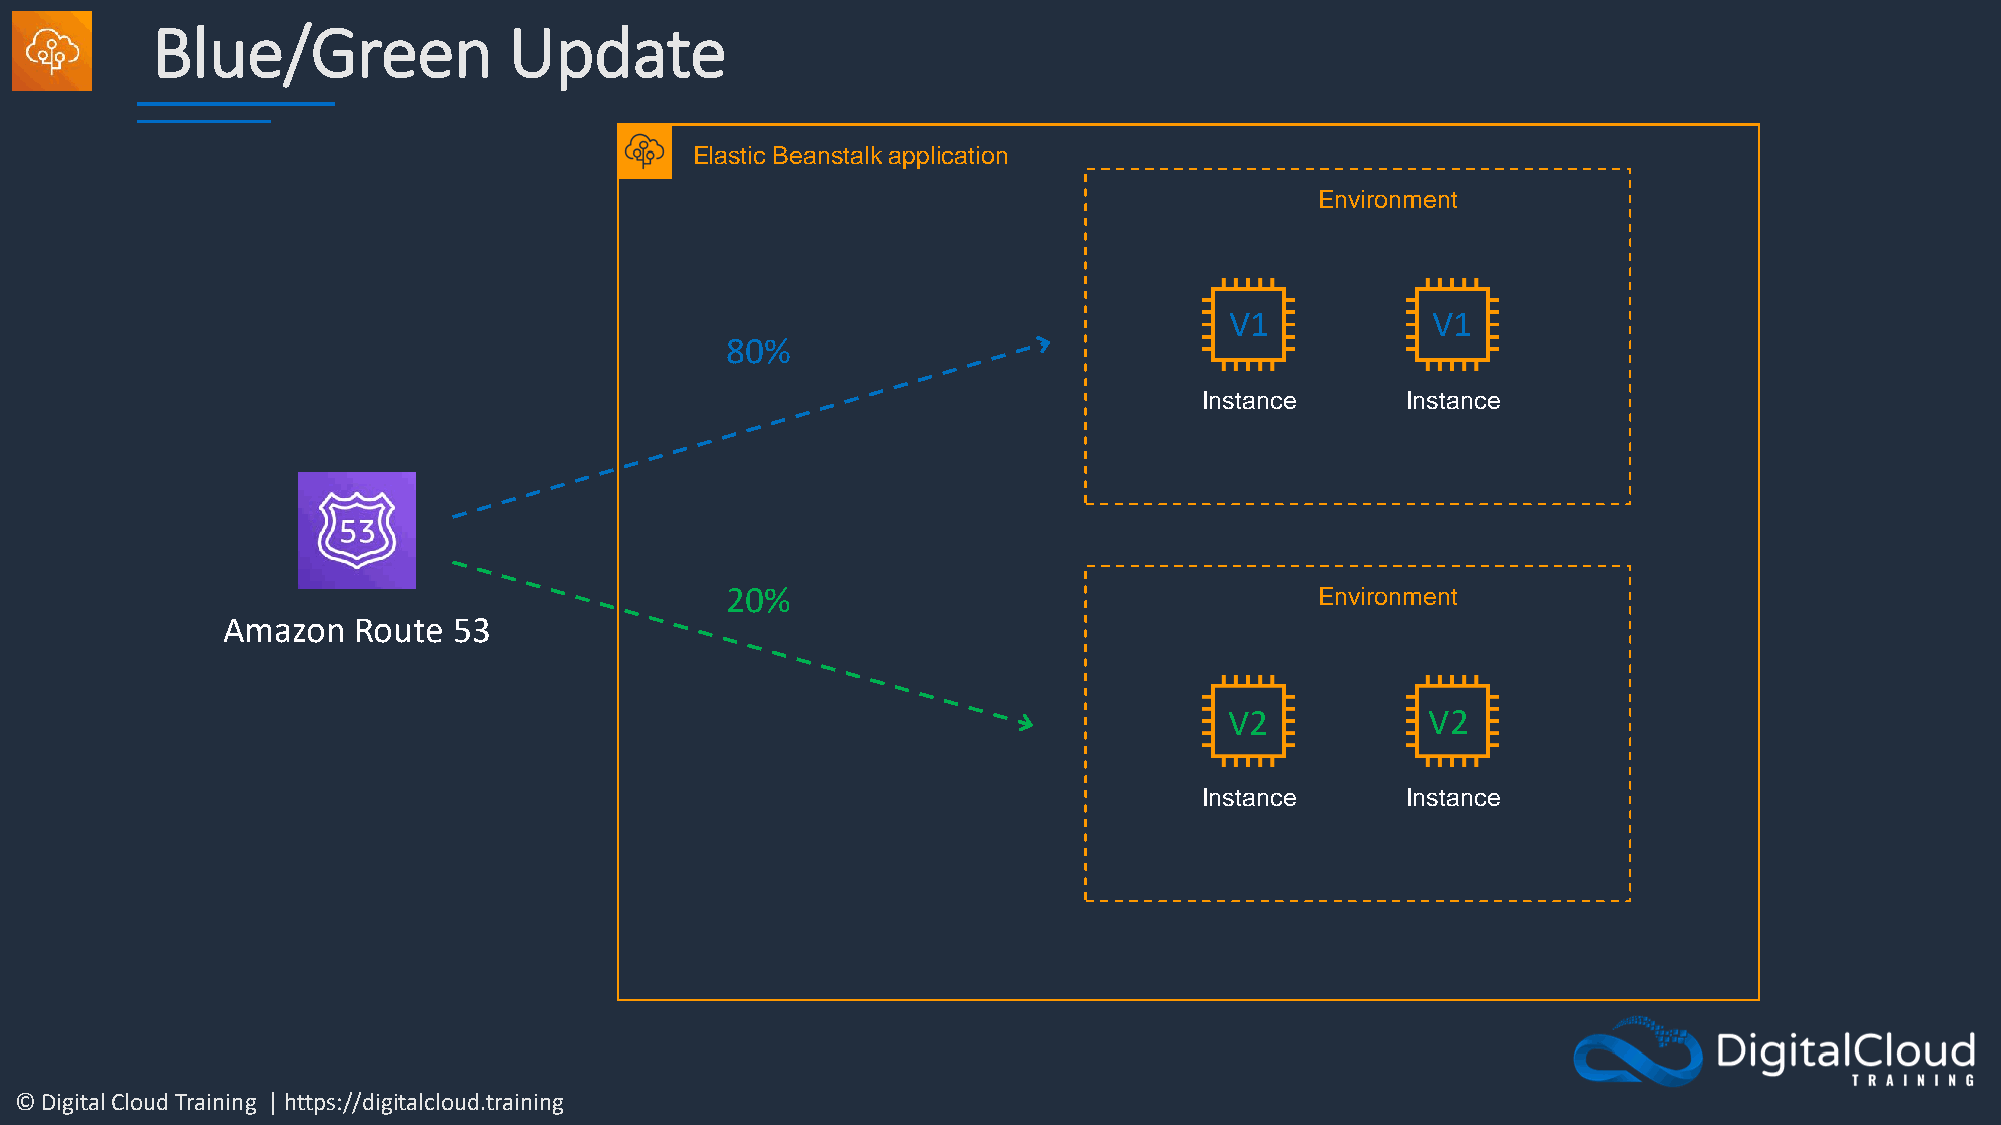
Blue/Green              Update
 Elastic Beanstalk application
 Environment
 V1            V1
 80%
 Instance     Instance
 20%                                    Environment
 Amazon  Route  53
 V2            V2
 Instance     Instance
 © Digital Cloud Training | https://digitalcloud.training